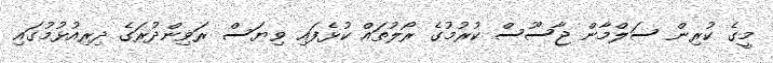
މީގެ ކުރިން ސަލްމާން ޖާސޫސް ކުރުމުގެ ރޯލުތައް ކުޅެފައި ވިޔަސް ރަވިންދުރަގެ ދިރިއުޅުމުގައި